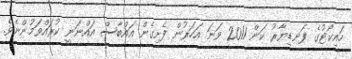
ހައިކޯޓުގެ ފަނޑިޔާރު ކަން 2011 ވަނަ އަހަރުން ފެށިގެން އައްބާސް އައްނަނީ ކުރައްވަމުންނެވެ.